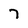
Character: 7